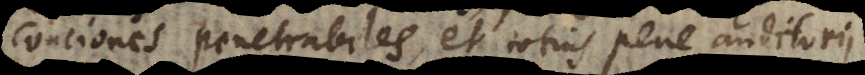
conciones penetrabiles, et totius pene auditorii